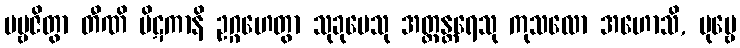
ပဗ္ဗဇိတွာ တီဏိ ပိဋကာနိ ဥဂ္ဂဟေတွာ သုခုမေသု အတ္ထန္တရေသု ကုသလော အဟောသိ, ပုဗ္ဗေ